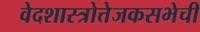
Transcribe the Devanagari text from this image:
वेदशास्त्रोत्तेजकसभेची